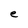
Character: e